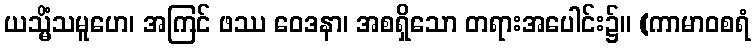
ယသ္မိံသမူဟေ၊ အကြင် ဖဿ ဝေဒနာ၊ အစရှိသော တရားအပေါင်း၌။ (ကာမာဝစရံ